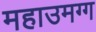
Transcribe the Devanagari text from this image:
महाउमग्ग